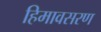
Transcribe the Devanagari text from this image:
हिमावसरण